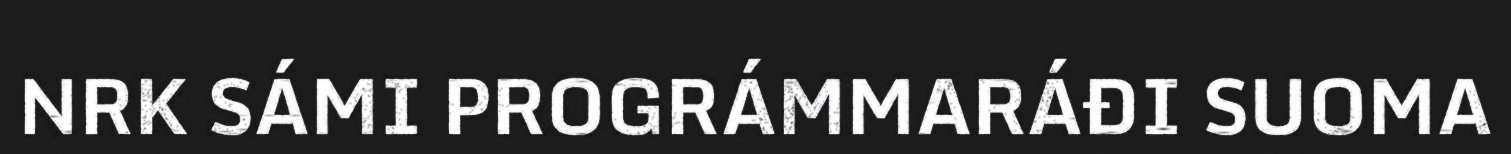
NRK SÁMI PROGRÁMMARÁĐI SUOMA